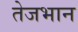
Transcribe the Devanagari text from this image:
तेजभान